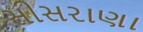
સીસરાણા